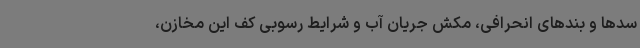
سد‌ها و بند‌های انحرافی، مکش جریان آب و شرایط رسوبی کف این مخازن،